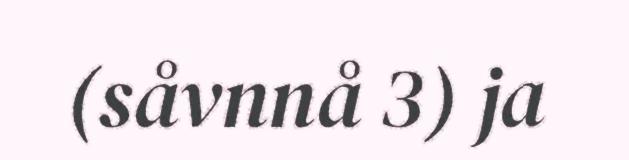
(såvnnå 3) ja